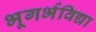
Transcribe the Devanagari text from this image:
भूगर्भविद्या